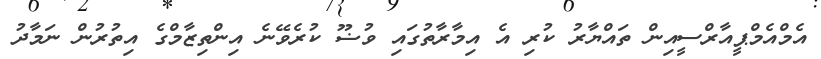
އެމްއެމްޕީއާރްސީއިން ތައްޔާރު ކުރި އެ އިމާރާތުގައި ވުޟޫ ކުރެވޭނެ އިންތިޒާމްގެ އިތުރުން ނަމާދު